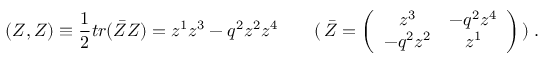
( Z , Z ) \equiv \frac { 1 } { 2 } t r ( \bar { Z } Z ) = z ^ { 1 } z ^ { 3 } - q ^ { 2 } z ^ { 2 } z ^ { 4 } \qquad ( \, \bar { Z } = \left( \begin{array} { c c } { { z ^ { 3 } } } & { { - q ^ { 2 } z ^ { 4 } } } \\ { { - q ^ { 2 } z ^ { 2 } } } & { { z ^ { 1 } } } \end{array} \right) \, ) \; .